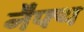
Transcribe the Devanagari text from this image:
नैफ्थ